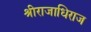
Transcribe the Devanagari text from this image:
श्रीराजाधिराज